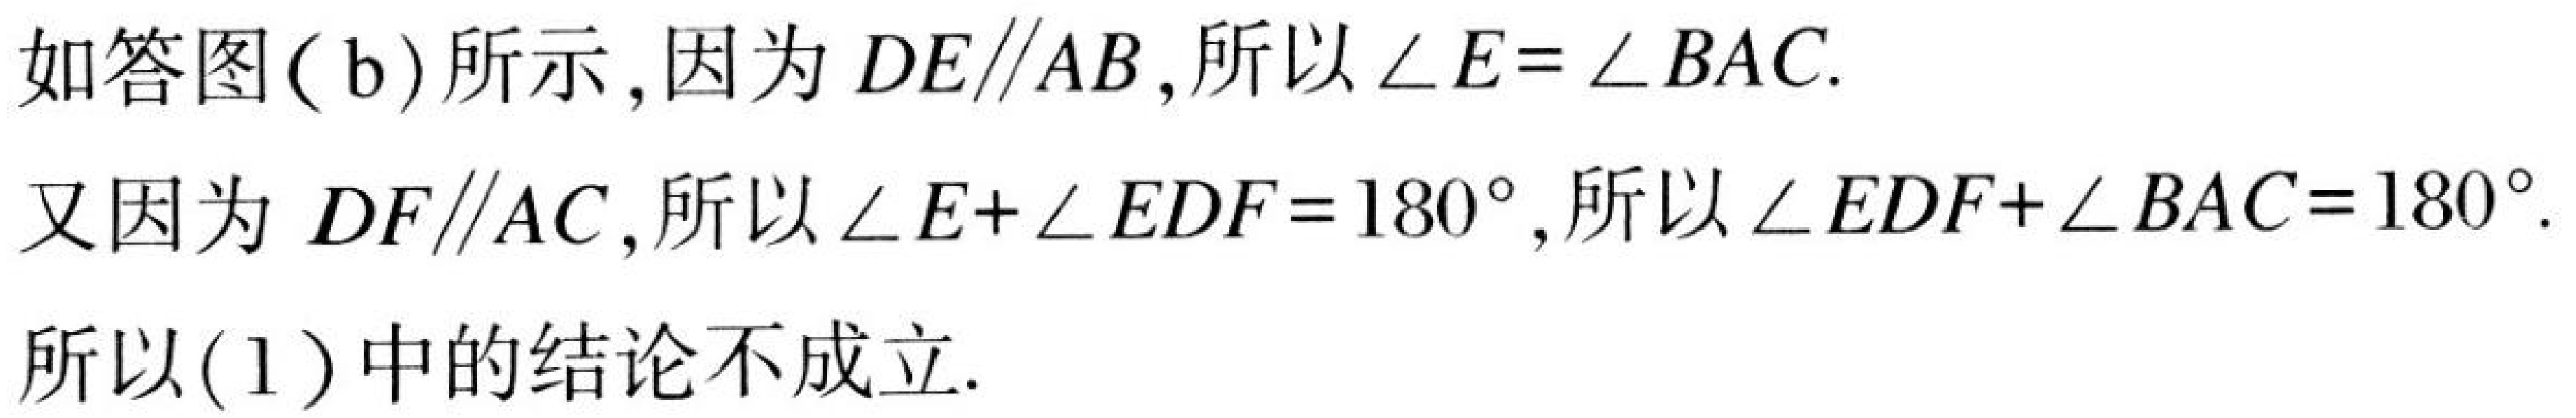
如答图(b)所示,因为 \(DE\parallel AB\),所以 \(\angle E = \angle BAC\).
又因为 \(DF\parallel AC\),所以 \(\angle E+\angle EDF = 180^{\circ}\),所以 \(\angle EDF+\angle BAC = 180^{\circ}\).
所以(1)中的结论不成立.